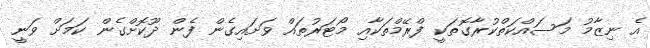
އެ ނިޒާމު މަސައްކަތްކުރާގޮތަކީ ފްރޭމްތަކާއި މޯޓަރުތައް ވަށައިގެން ފެން ދޫކޮށްގެން ކަމަށް ވަނީ